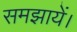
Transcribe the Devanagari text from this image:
समझायें।